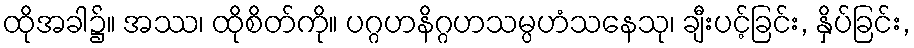
ထိုအခါ၌။ အဿ၊ ထိုစိတ်ကို။ ပဂ္ဂဟနိဂ္ဂဟသမ္ပဟံသနေသု၊ ချီးပင့်ခြင်း, နှိပ်ခြင်း,